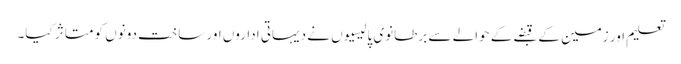
تعلیم اور زمین کے قبضے کے حوالے سے برطانوی پالیسیوں نے دیہاتی اداروں اور ساخت دونوں کو متاثر کیا۔